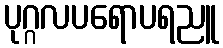
ပုဂ္ဂလပရောပရညူ